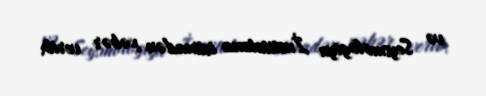
və Seysmologiya İnstitutuna istinadən xəbər verib.